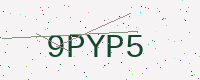
Text: 9PYP5